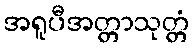
အရူပီအတ္တာသုတ္တံ